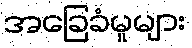
အခြေခံမူများ